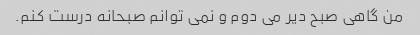
من گاهی صبح دیر می دوم و نمی توانم صبحانه درست کنم.